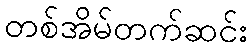
တစ်အိမ်တက်ဆင်း